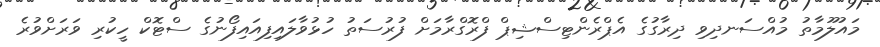
މައުލޫމާތު މުއްސަނދިވި ދިރާގުގެ އެޕްރެންޓިސްޝިޕް ފްރޮގްރާމަށް ފުރުސަތު ހުޅުވާލައިފިއައިފޯނުގެ ސްޓޮކް ހީކުރި ވަރަށްވުރެ